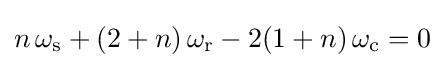
n\,\omega _{\text{s}}+(2+n)\,\omega _{\text{r}}-2(1+n)\,\omega _{\text{c}}=0